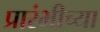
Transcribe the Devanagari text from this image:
प्रारंभीच्‍या